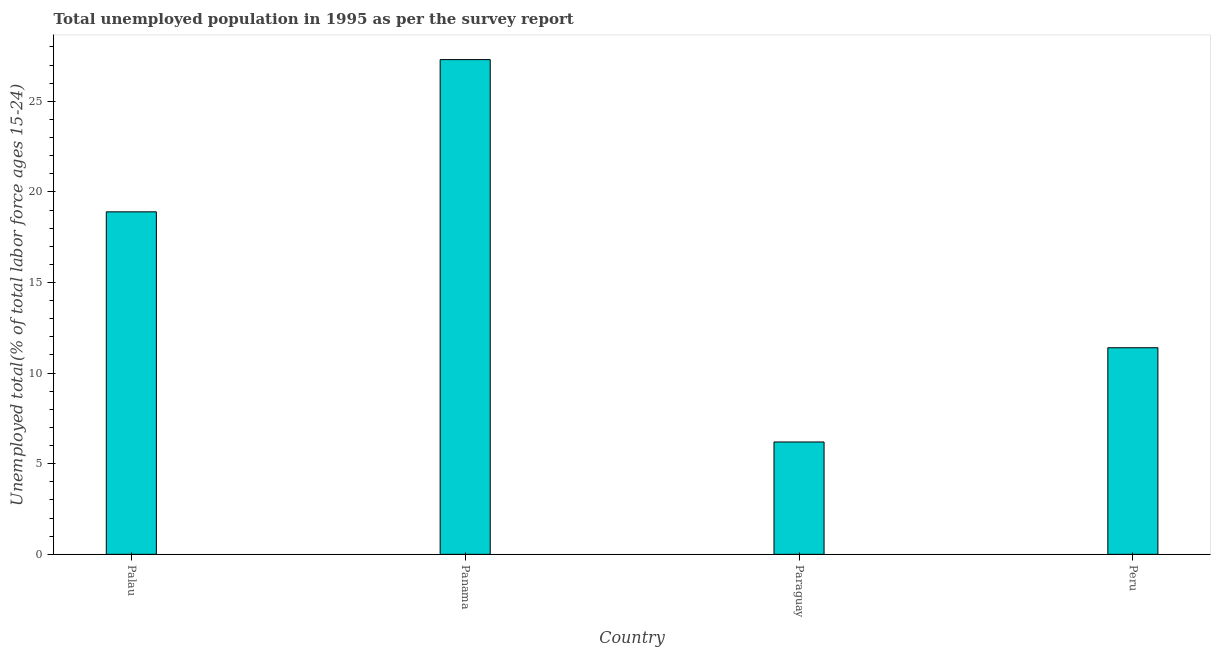
| Country | Unemployment youth total |
 | --- | --- |
 | Palau | 18.9 |
 | Panama | 27.3 |
 | Paraguay | 6.2 |
 | Peru | 11.4 |